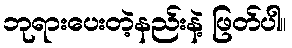
ဘုရားပေးတဲ့နည်းနဲ့ ဖြတ်ပါ။